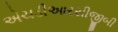
એચડીઆરસીજીબી